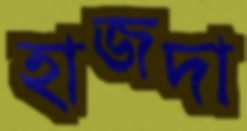
হাজদা